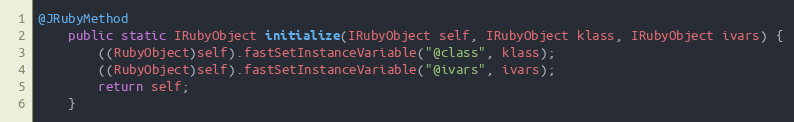
Language: Java
@JRubyMethod
    public static IRubyObject initialize(IRubyObject self, IRubyObject klass, IRubyObject ivars) {
        ((RubyObject)self).fastSetInstanceVariable("@class", klass);
        ((RubyObject)self).fastSetInstanceVariable("@ivars", ivars);
        return self;
    }